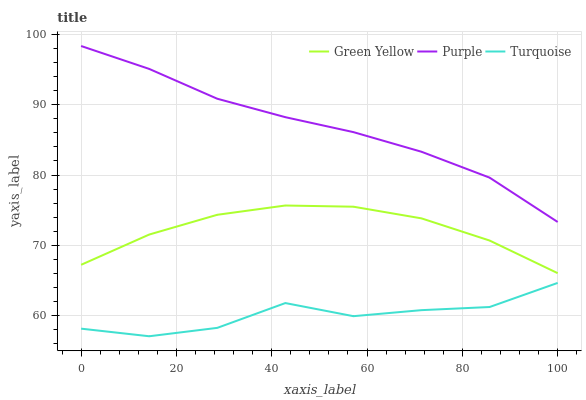
| xaxis_label | Green Yellow | Purple | Turquoise |
 | --- | --- | --- | --- |
 | 0 | 67.2 | 98.4 | 58.1 |
 | 14.3 | 71.5 | 95.1 | 57 |
 | 28.6 | 74.3 | 90.9 | 58.2 |
 | 42.9 | 75.6 | 88.3 | 61.7 |
 | 57.1 | 75.5 | 86.1 | 59.9 |
 | 71.4 | 73.8 | 83.3 | 60.7 |
 | 85.7 | 70.7 | 79.6 | 61.2 |
 | 100 | 66 | 73.3 | 64.6 |